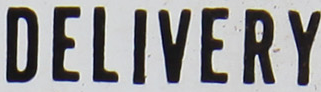
DELIVERY